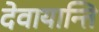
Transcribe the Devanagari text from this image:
देवायान्ति